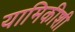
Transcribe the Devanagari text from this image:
यामिकीशी